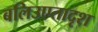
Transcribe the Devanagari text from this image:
बलिउएतादृश